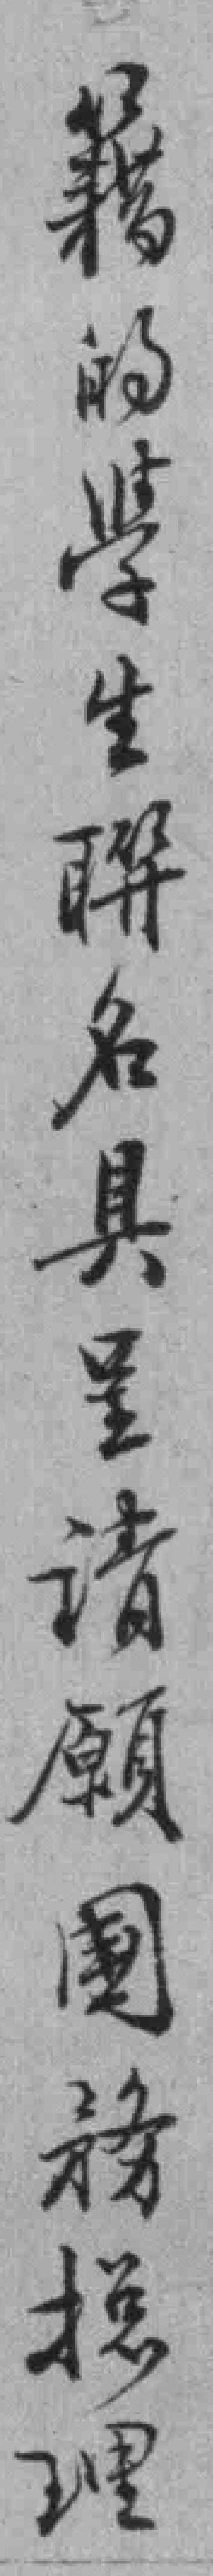
籍的學生聯名具呈請願國務搃理